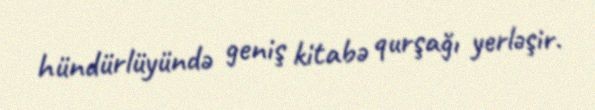
hündürlüyündə geniş kitabə qurşağı yerləşir.